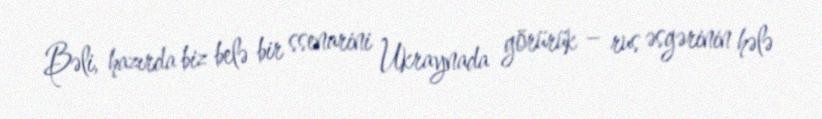
Bəli, hazırda biz belə bir ssenarini Ukraynada görürük – rus əsgərinin hələ